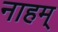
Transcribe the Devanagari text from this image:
नाहम्